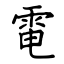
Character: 電